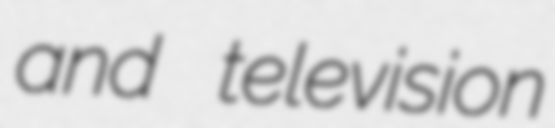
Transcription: and television